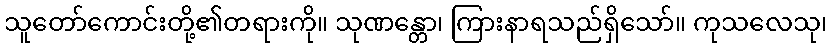
သူတော်ကောင်းတို့၏တရားကို။ သုဏန္တော၊ ကြားနာရသည်ရှိသော်။ ကုသလေသု၊